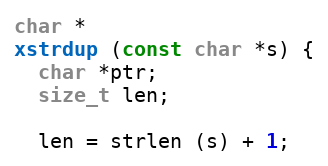
Language: C
char *
xstrdup (const char *s) {
  char *ptr;
  size_t len;

  len = strlen (s) + 1;